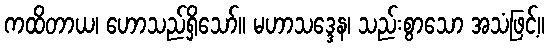
ကထိတာယ၊ ဟောသည်ရှိသော်။ မဟာသဒ္ဒေန၊ သည်းစွာသော အသံဖြင့်။